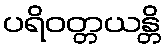
ပရိဝတ္တယန္တိ